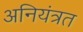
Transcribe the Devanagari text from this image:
अनियंत्रत